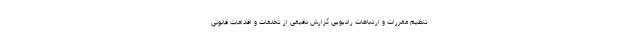
تنظیم مقررات و ارتباطات رادیویی گزارش دقیقی از تخلفات و اقدامات قانونی